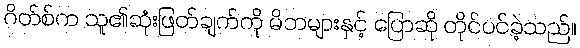
ဂိတ်စ်က သူ၏ဆုံးဖြတ်ချက်ကို မိဘများနှင့် ပြောဆို တိုင်ပင်ခဲ့သည်။